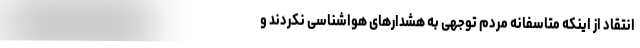
انتقاد از اینکه متاسفانه مردم توجهی به هشدارهای هواشناسی نکردند و